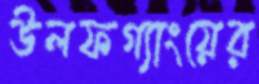
উলফগ্যাংয়ের